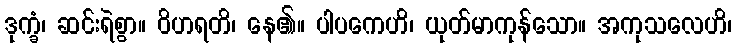
ဒုက္ခံ၊ ဆင်းရဲစွာ။ ဝိဟရတိ၊ နေ၏။ ပါပကေဟိ၊ ယုတ်မာကုန်သော။ အကုသလေဟိ၊